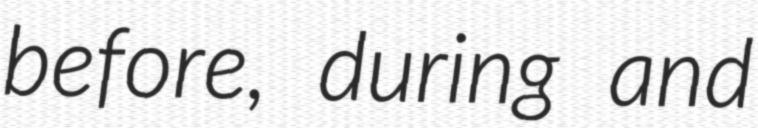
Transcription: before, during and